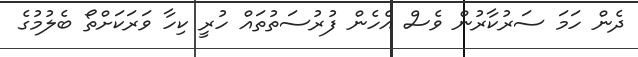
ދެން ހަމަ ސަރުކާރުން ވެސް އެހެން ފުރުސަތުތައް ހުރީ ކިހާ ވަރަކަށްތޯ ބެލުމުގެ